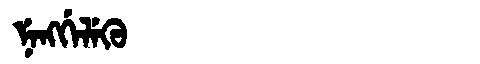
Manchu: ᠨᡝᠩᡤᡝᠯᡝᡴᡠ
Romanization: NENGGELEKU